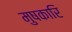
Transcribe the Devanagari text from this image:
मुषकारि